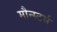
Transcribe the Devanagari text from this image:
मौन्स्टर्स